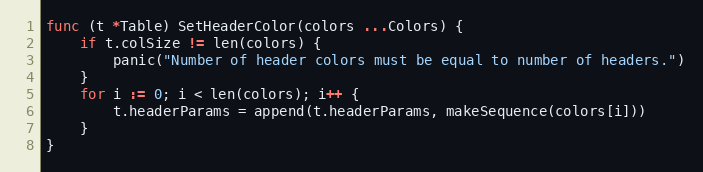
Language: Go
func (t *Table) SetHeaderColor(colors ...Colors) {
	if t.colSize != len(colors) {
		panic("Number of header colors must be equal to number of headers.")
	}
	for i := 0; i < len(colors); i++ {
		t.headerParams = append(t.headerParams, makeSequence(colors[i]))
	}
}